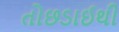
તોછડાઈથી